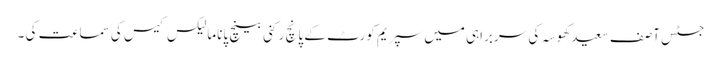
جسٹس آصف سعید کھوسہ کی سربراہی میں سپریم کورٹ کے پانچ رکنی بینچ پاناما لیکس کیس کی سماعت کی ۔